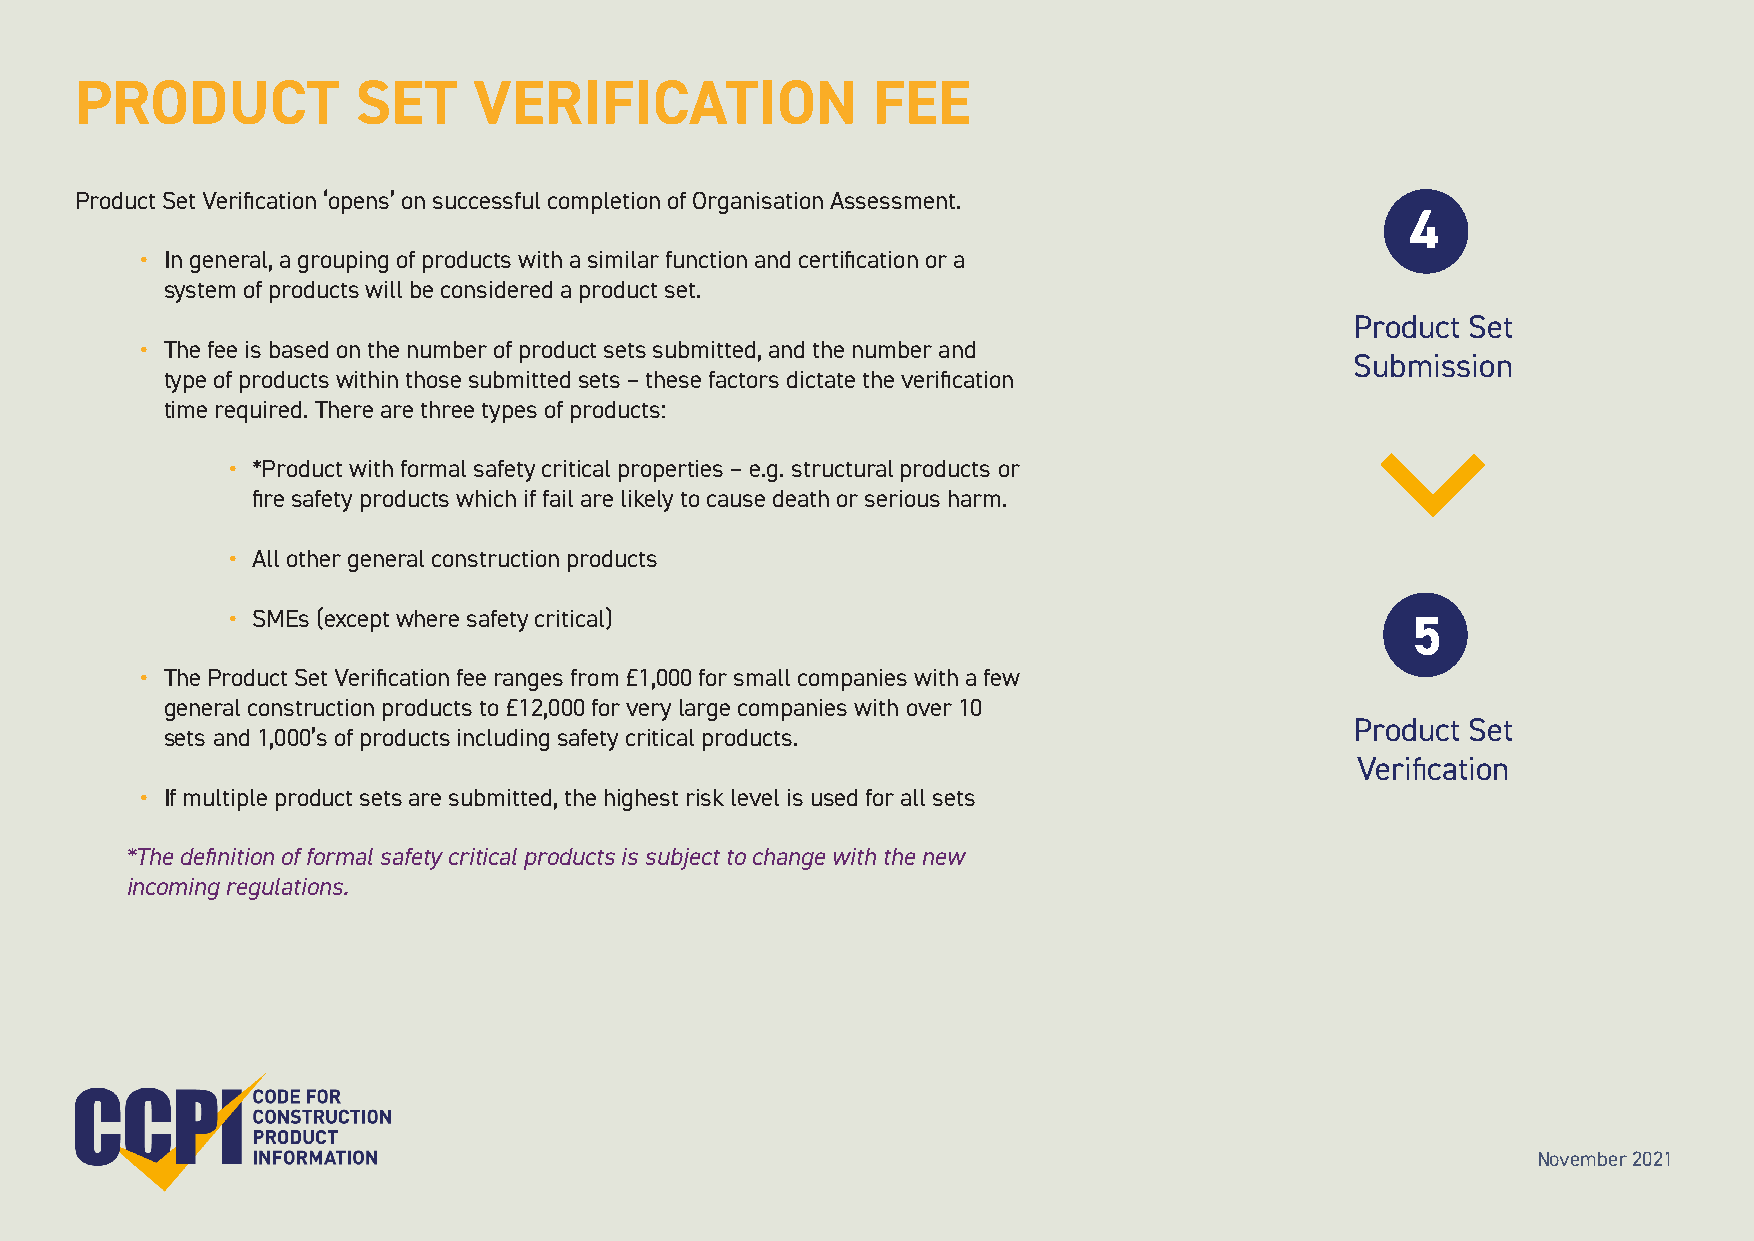
PRODUCT            SET    VERIFICATION               FEE
 Product Set Verification ‘opens’ on successful completion of Organisation Assessment.
 4
 • In general, a grouping of products with a similar function and certification or a
 system of products will be considered a product set.
 Product Set
 • The fee is based on the number of product sets submitted, and the number and
 Submission
 type of products within those submitted sets – these factors dictate the verification
 time required. There are three types of products:
 • *Product with formal safety critical properties – e.g. structural products or
 fire safety products which if fail are likely to cause death or serious harm.
 • All other general construction products
 • SMEs (except where safety critical)
 5
 • The Product Set Verification fee ranges from £1,000 for small companies with a few
 general construction products to £12,000 for very large companies with over 10
 Product Set
 sets and 1,000’s of products including safety critical products.
 Verification
 • If multiple product sets are submitted, the highest risk level is used for all sets
 *The definition of formal safety critical products is subject to change with the new
 incoming regulations.
 November 2021